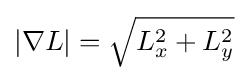
|\nabla L|={\sqrt {L_{x}^{2}+L_{y}^{2}}}